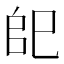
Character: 𢀹